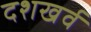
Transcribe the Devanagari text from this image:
दशखर्व